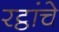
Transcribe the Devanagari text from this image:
रट्ठांचे